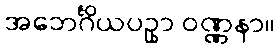
အဘေင်္ဂိယပဥှာ ဝဏ္ဏနာ။